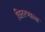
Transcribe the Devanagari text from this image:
वितरणाला